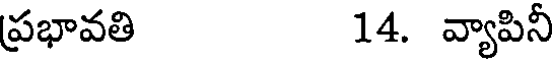
ప్రభావతి 14. వ్యాపినీ